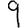
Digit: 9